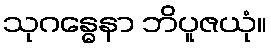
သုဂန္ဓေနာ ဘိပူဇယုံ။